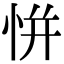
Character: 恲